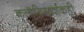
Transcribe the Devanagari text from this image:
कलादिग्दर्शकही